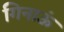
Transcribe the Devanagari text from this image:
गिनाऊं